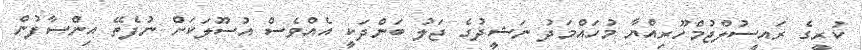
ކުރީގެ ރައީސުލްޖުމްހޫރިއްޔާ މުހައްމަދު ނަޝީދުގެ ޖަލު ބަންދަކީ އެއްވެސް އުސޫލަކަށް ނުފެތޭ އިންސާފުން